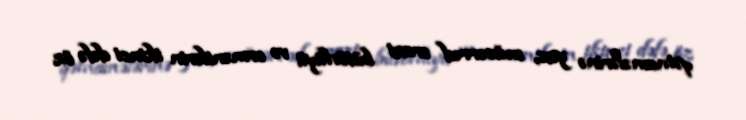
qətnamələrinə yox, mücərrəd ərazi bütövlüyü və ermənilərin ikinci dəfə öz